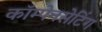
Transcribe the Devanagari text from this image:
कॉम्पेनसेटिंग